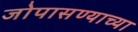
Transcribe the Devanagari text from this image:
जोपासण्याच्या